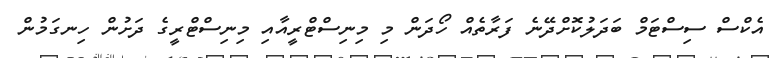
އެކްސް ސިސްޓަމް ބަދަލުކޮށްދޭނެ ފަރާތެއް ހޯދަން މި މިނިސްޓްރީއާއި މިނިސްޓްރީގެ ދަށުން ހިނގަމުން